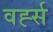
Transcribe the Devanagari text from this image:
वर्ह्स